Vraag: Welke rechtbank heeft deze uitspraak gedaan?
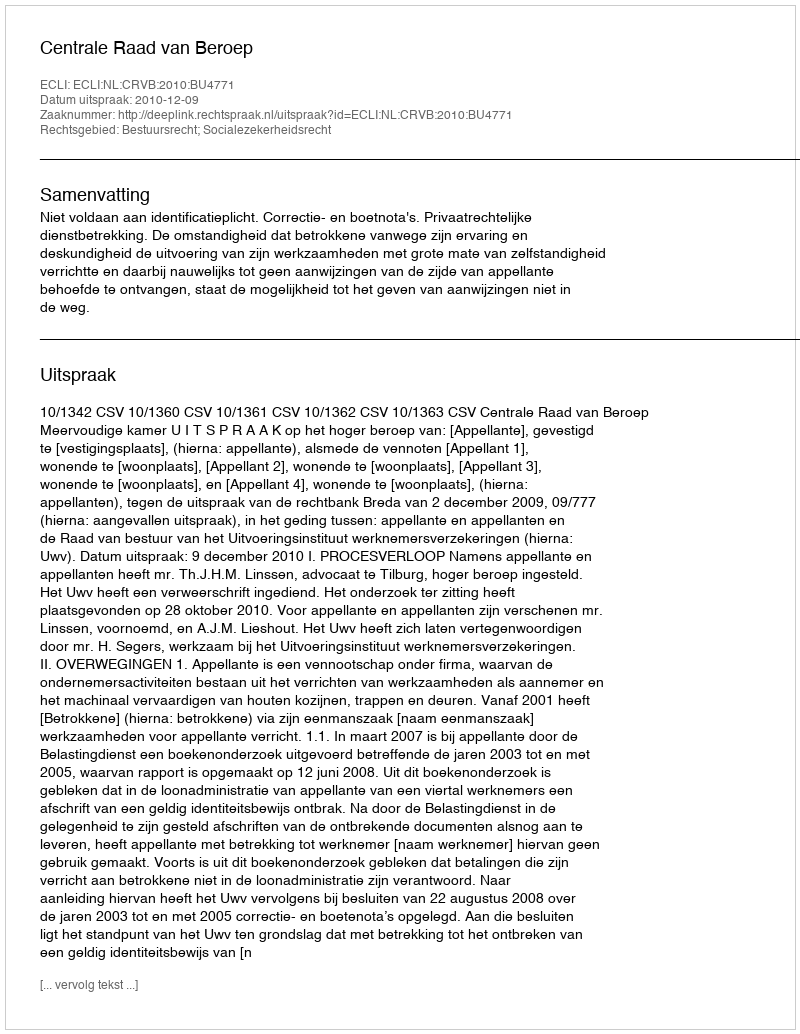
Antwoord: Centrale Raad van Beroep